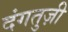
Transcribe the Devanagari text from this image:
दंगतुज़ी